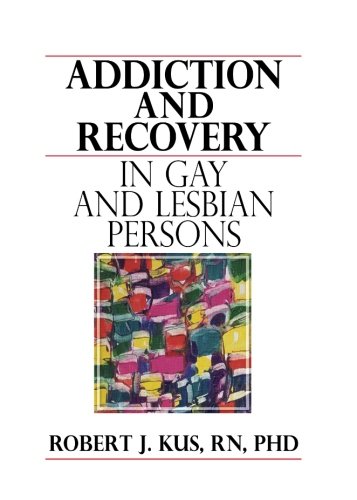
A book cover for Addiction and Recovery in Gay and Lesbian Persons; Robert J Kus; Health, Fitness & Dieting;